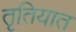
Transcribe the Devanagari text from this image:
तृतियात